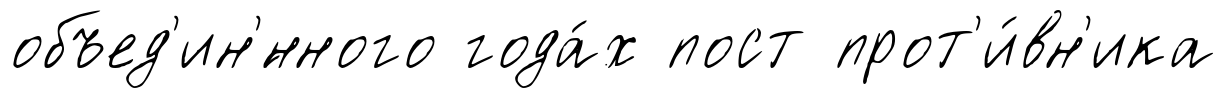
объед'ин'́нного года́х пост прот'и́вн'ика